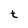
Character: t